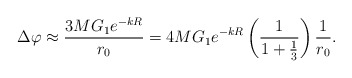
\begin{align*}\Delta\varphi\approx\frac{3MG_{1}e^{-kR}}{r_{0}}=4MG_{1}e^{-kR}\left(\frac{1}{1+\frac{1}{3}}\right)\frac{1}{r_{0}}.\end{align*}